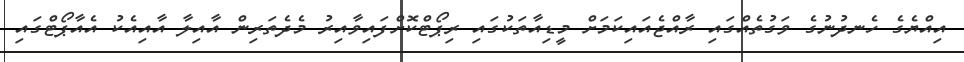
އިއްޔެގެ ހެނދުނުގެ ވަގުތެއްގައި ރާއްޖެއައިކަމަށް މީޑިއާތަކުގައި ރިޕޯޓްކޮށްފައިވާއިރު މެދެތަރިން އާއިލާ އާއިއެކު އެއާޕޯޓްގައި